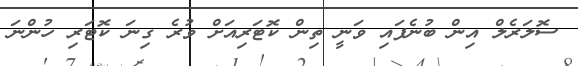
ސޮލަރެލް އިން ބުނެފައި ވަނީ ތިން ކޮޓަރިއަށް ވުރެ ގިނަ ކޮޓަރި ހުންނަ